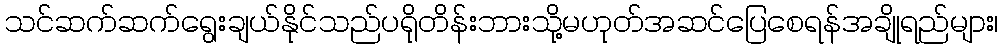
သင်ဆက်ဆက်ရွေးချယ်နိုင်သည်ပရိုတိန်းဘားသို့မဟုတ်အဆင်ပြေစေရန်အချိုရည်များ၊